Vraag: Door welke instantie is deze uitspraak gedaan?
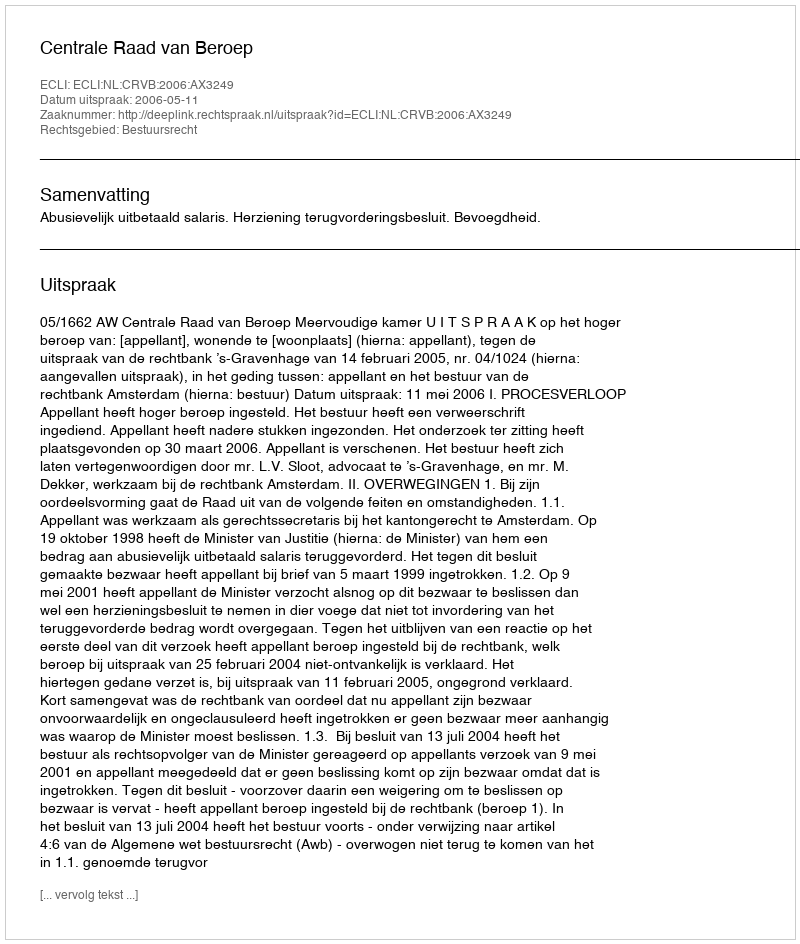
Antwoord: Centrale Raad van Beroep